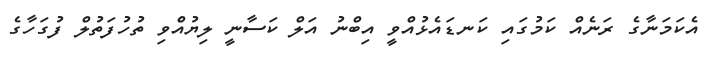
އެކަމަނާގެ ރަނެއް ކަމުގައި ކަނޑައެޅުއްވީ އިބްނު އަލް ކަސާނީ ލިޔުއެްވި ތުހުފަތުލް ފުގަހާގެ